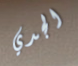
الجدي